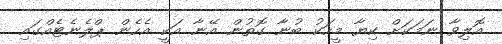
އޮލިވާ ނަމަކަށް ކިޔާ މީހަކު ބުނާ ގޮތުން އޭނާ އަކީ އެހެން ޕްލެނެޓެއްގައި